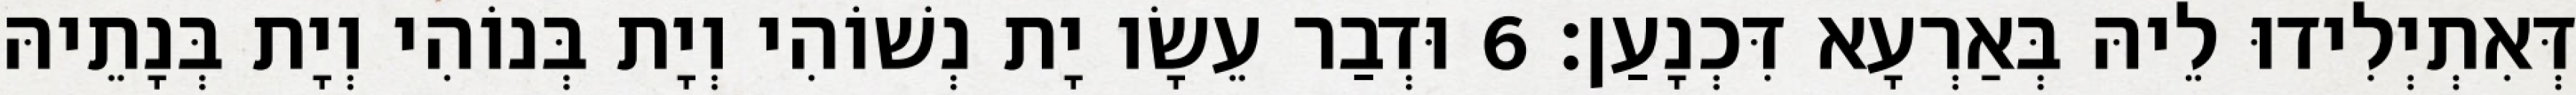
דְּאִתְיְלִידוּ לֵיהּ בְּאַרְעָא דִּכְנָעַן׃ 6 וּדְבַר עֵשָׂו יָת נְשׁוֹהִי וְיָת בְּנוֹהִי וְיָת בְּנָתֵיהּ